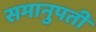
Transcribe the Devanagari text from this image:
समानुपती